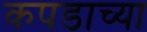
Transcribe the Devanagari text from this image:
कपडाच्या